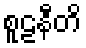
စူဠနီတိ